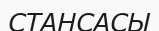
СТАНСАСЫ